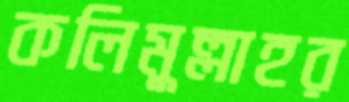
কলিমুল্লাহর